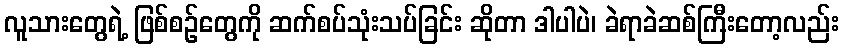
လူသားတွေရဲ့ ဖြစ်စဉ်တွေကို ဆက်စပ်သုံးသပ်ခြင်း ဆိုတာ ဒါပါပဲ၊ ခဲရာခဲဆစ်ကြီးတော့လည်း